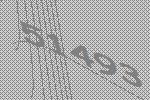
51493